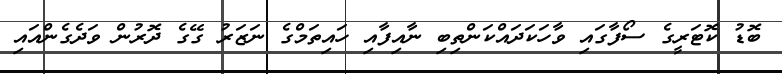
ބޮޑު ކޮޓަރީގެ ސޯފާގައި ވާހަކަދައްކަންތިބި ނާއިފާއި ހައިތަމްގެ ނަޒަރު ގޭގެ ދޮރުން ވަދެގެންއައި